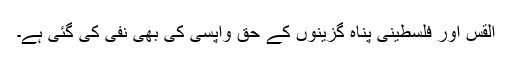
القس اور فلسطینی پناہ گزینوں کے حق واپسی کی بھی نفی کی گئی ہے۔